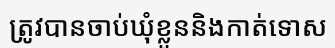
ត្រូវបានចាប់ឃុំខ្លួននិងកាត់ទោស